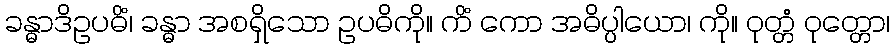
ခန္ဓာဒိဥပဓိံ၊ ခန္ဓာ အစရှိသော ဥပဓိကို။ ကိံ ကော အဓိပ္ပါယော၊ ကို။ ဝုတ္တံ ဝုတ္တော၊